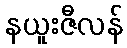
နယူးဇီလန်